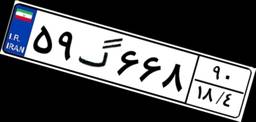
۳۶گ۸۶۹۸۲